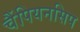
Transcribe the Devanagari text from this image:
चैंपियनसिप